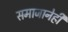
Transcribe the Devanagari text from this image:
समाजानेही